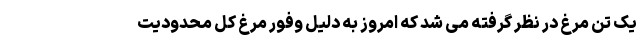
یک تُن مرغ در نظر گرفته می شد که امروز به دلیل وفور مرغ کل محدودیت